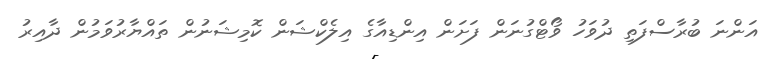
އަންނަ ބުރާސްފަތި ދުވަހު ވޯޓްގުނަން ފަށަން އިންޑިއާގެ އިލެކްޝަން ކޮމިޝަނުން ތައްޔާރުވަމުން ދާއިރު